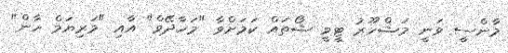
މާންސީ ވަނީ މަޝްހޫރު ޓީވީ ޝޯތައް ކަމަށްވާ "މަހާދޭވް" އާއި "މަރިޔަމް ހާން"